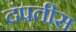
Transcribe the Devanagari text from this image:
दंपतीस